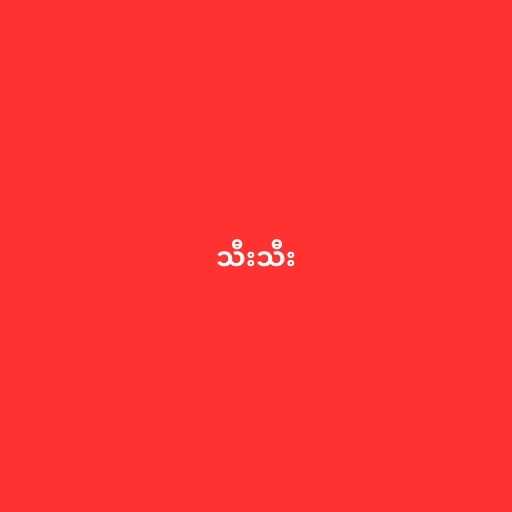
သီးသီး